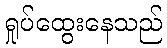
ရှုပ်ထွေးနေသည်